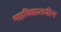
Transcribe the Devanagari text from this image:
महाविज्ञालयीन